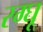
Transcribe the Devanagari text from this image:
रग्घू